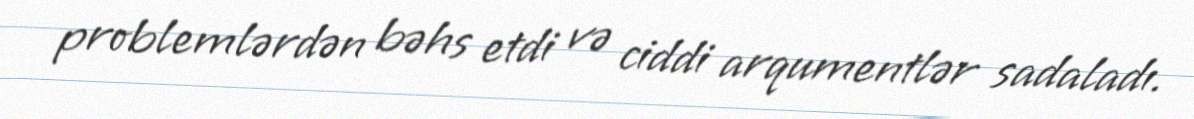
problemlərdən bəhs etdi və ciddi arqumentlər sadaladı.